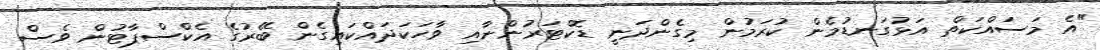
"އެ މަސައްކަތް އަޅުގަނޑުމެން ކުރަމުން މިގެންދަނީ ޑޮކްޓަރުންނާއި ވާހަކަދައްކައިގެން ބޭރުގެ އެކްސްޕާޓުން ވެސް